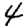
Digit: 4